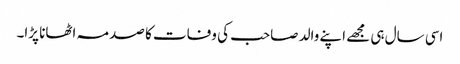
اسی سال ہی مجھے اپنے والد صاحب کی وفات کا صدمہ اٹھانا پڑا۔